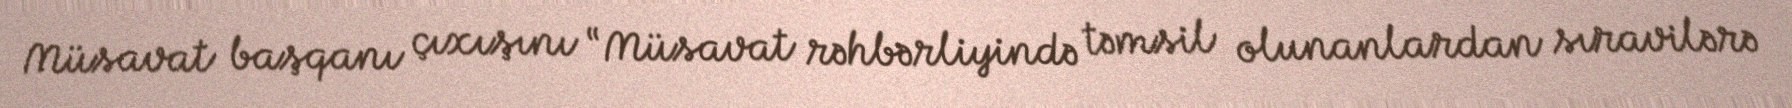
Müsavat başqanı çıxışını “Müsavat rəhbərliyində təmsil olunanlardan sıravilərə